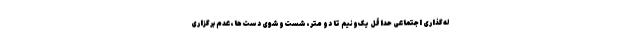
له‌گذاری اجتماعی حداقل یک‌ونیم تا دو متر، شست‌وشوی دست‌ها، عدم برگزاری